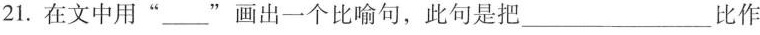
21.在文中用”___”画出一个比喻句，此句是把___比作